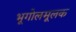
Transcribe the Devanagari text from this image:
भूगोलमूलक